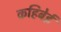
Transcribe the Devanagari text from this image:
कहिबेई